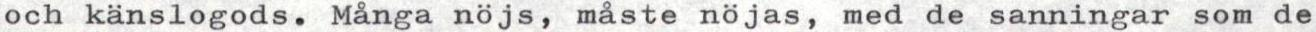
och känslogods. Många nöjs, måste nöjas, med de sanningar som de